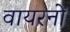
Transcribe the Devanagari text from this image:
वायरनों